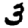
Digit: 3